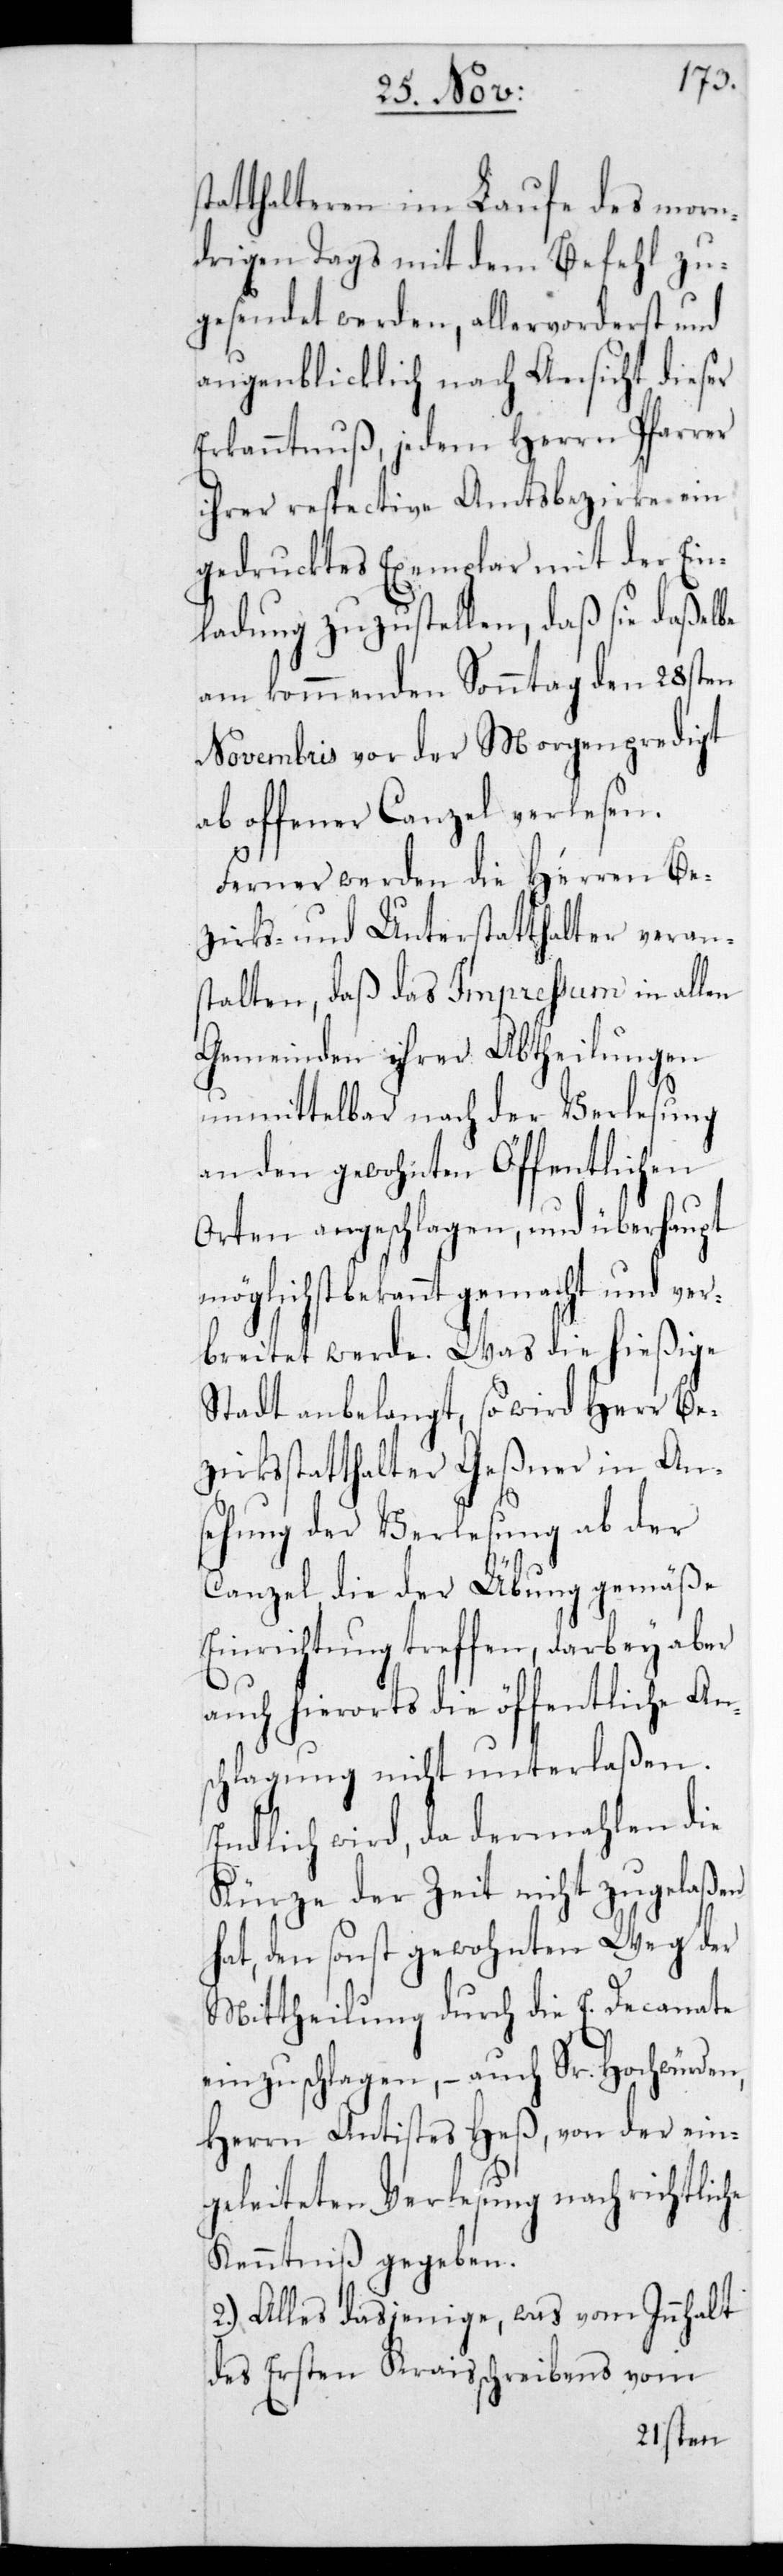
he
tatthalteren im Laufe des morn¬
drigen Tags mit dem Befehl zu¬
gesendet werden, allervorderst und
augenblicklich nach Ansicht dieser
Erkanntnuß, jedem Herrn Pfarrer
ihrer respective Amtsbezirke ein
gedrucktes Exemplar mit der Ein¬
ladung zuzustellen, daß sie daßelbe
am kommenden Sonntag den 28sten
Novembris vor der Morgenpredigt
ab offener Canzel verlesen.
Ferner werden die Herren Be¬
zirks- und Unterstatthalter verans¬
talten, daß das Impreßum in allen
Gemeinden ihrer Abtheilungen
unmittelbar nach der Verlesung
an den gewohnten öffentlichen
Orten angeschlagen, und überhaupt
möglichst bekannt gemacht und ver¬
breitet werde. Was die hießige
Stadt anbelangt, so wird Herr Be¬
zirksstatthalter Geßner in An¬
sehung der Verlesung ab der
Canzel die der Übung gemäße
Einrichtung treffen, darbey aber
auch hierorts die öffentliche An¬
schlagung nicht unterlaßen.
Endlich wird, da dermahlen die
Kürze der Zeit nicht zugelaßen
hat, den sonst gewohnten Weg der
Mittheilung durch die E. Decanate
einzuschlagen, – auch Sr Hochwürden,
Herrn Antistes Heß, von der ein¬
geleiteten Verlesung nachrichtlic¬
Kenntniß gegeben.
2.) Alles dasjenige, was vom Innhalt
des ersten Kreisschreibens vom